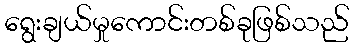
ရွေးချယ်မှုကောင်းတစ်ခုဖြစ်သည်